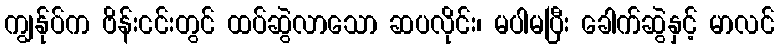
ကျွန်ုပ်က ဗိန်းငင်းတွင် ထပ်ဆွဲလာသော ဆပလိုင်း၊ မပါမပြီး ခေါက်ဆွဲနှင့် မာလင်